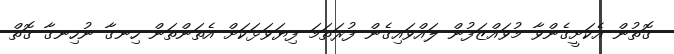
ގޮތުން އެކަށީގެންވާ މުވައްޒަފުން ލައްވައިގެން ފުރަތަމަ ފިޔަވަޅަކަށް އެތަންތަން ހިނގާ ނުހިނގާ ގޮތް